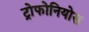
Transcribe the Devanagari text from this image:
ट्रोफोनियोस